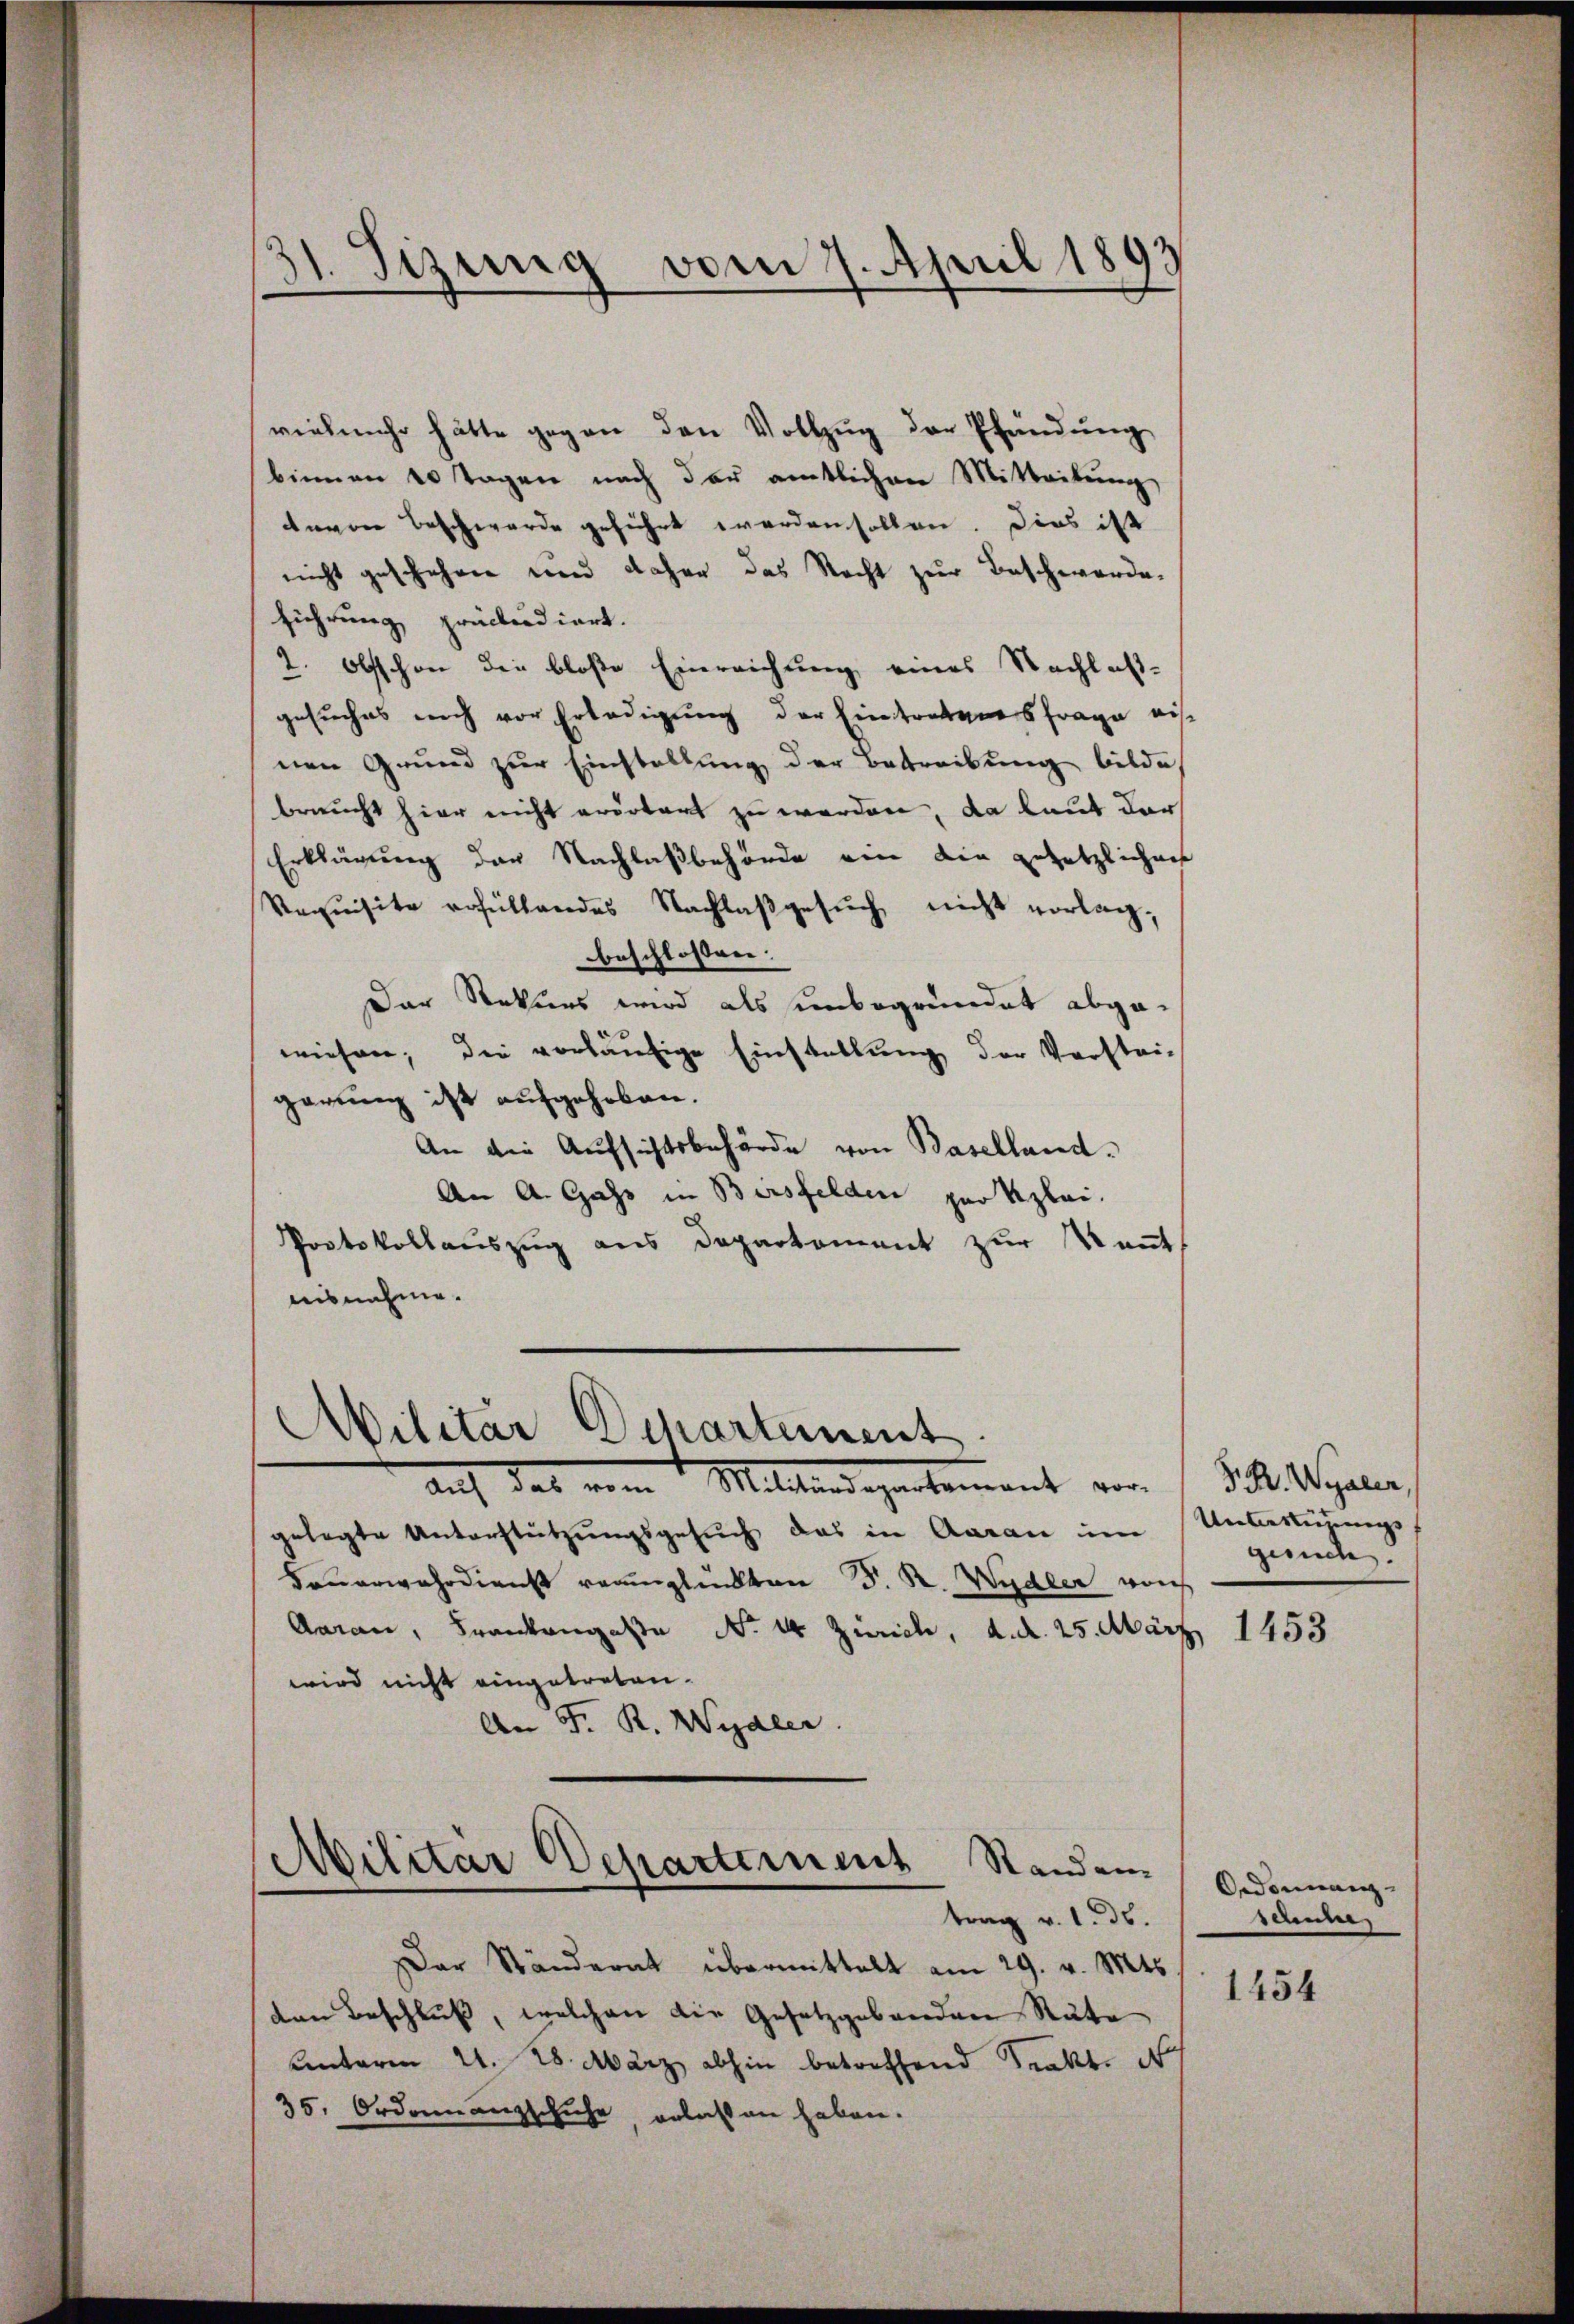
dt. Sizung vom 7. April 1893
h

vielmehr hätte gegen den Vollzug der Pfändung
binnen 20 Tagen nach der amtlichen Mitteilŭng
taver Beschwerde geführt worden sollen. Dies ist
nicht geschehen und daher das Recht zur Beschwerde.
führung präcludiert.
2. Obsschon die bloße Einreichung eines Nachlaßgesuches noch vor Erledigung der Eintretens frage ei
nen Grund zur Einstellung der Betreibung bilde
braucht hier nicht erörtert zu werden, da laut darf
Erklärung der Nachlaßbehörde ein die gesetzlichen
Vequisite erfüllendes Nachlaβgesŭch nicht vorlag,
beschlossen:
Der Rekurs wird als unbegründet abgewiesen; die vorläŭfige Einstallŭng der Vorstei-
garung ist aufgehoben.
An die Aufsichtsbehörde von Baselland¬
An A. Gass in Bersfelden pro Kzlei.
Protokollauszug aus Deparkoment zur Kant
aisnahme.

Militär Dchartement
auf das von Mittwendepartement vor

gelegte Unterstützungsgesuch das in Aarau im Unbeugungs
Feuerwehrdienst verglückten D. R. Wydler von
Aaran, Frankengeste No 44 Zürich, d. d. 25. März 1453
wird nicht eingetreten.
An F. R. Wydler.

Militar Departement Standen.
trag v. 1. ds.

Der Ständerat übermittelt am 29. v. Mts.
den Beschluß, welchen die Gesetzgebenden Räte
Unterm 21. 2. März abhin betreffend Trakte N
35. Ordonnanzschuhe erlassen haben.

P. R. Wydler,
gesuche.

Ordonnanz-
schule

1454